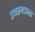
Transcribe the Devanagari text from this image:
प्रबळगडाला